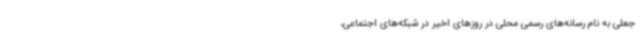
جعلی به نام رسانه‌های رسمی محلی در روزهای اخیر در شبکه‌های اجتماعی،